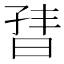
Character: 𬁣